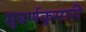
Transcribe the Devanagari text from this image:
सुवर्णकुमारी